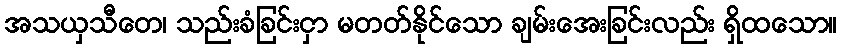
အသယှသီတေ၊ သည်းခံခြင်းငှာ မတတ်နိုင်သော ချမ်းအေးခြင်းလည်း ရှိထသော။